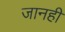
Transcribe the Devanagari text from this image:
जानहीं